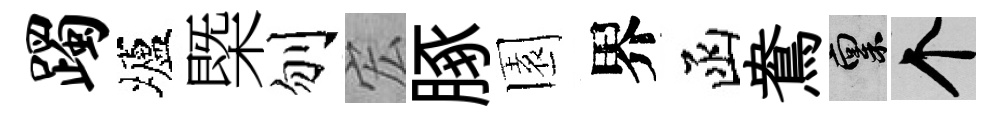
躅壚㮣刎宏䐁園界函鴦禀个